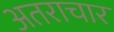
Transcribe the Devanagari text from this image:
अतराचार